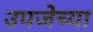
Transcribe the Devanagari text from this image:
उपजेच्या